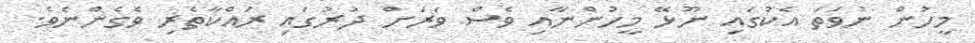
މީހުން ނުވަތަ އެކުގައި ނޫޅޭ މީހުންނާއި ވެސް ވަރަށް ދުރުގައި ރައްކާތެރި ވެގެންނެވެ.